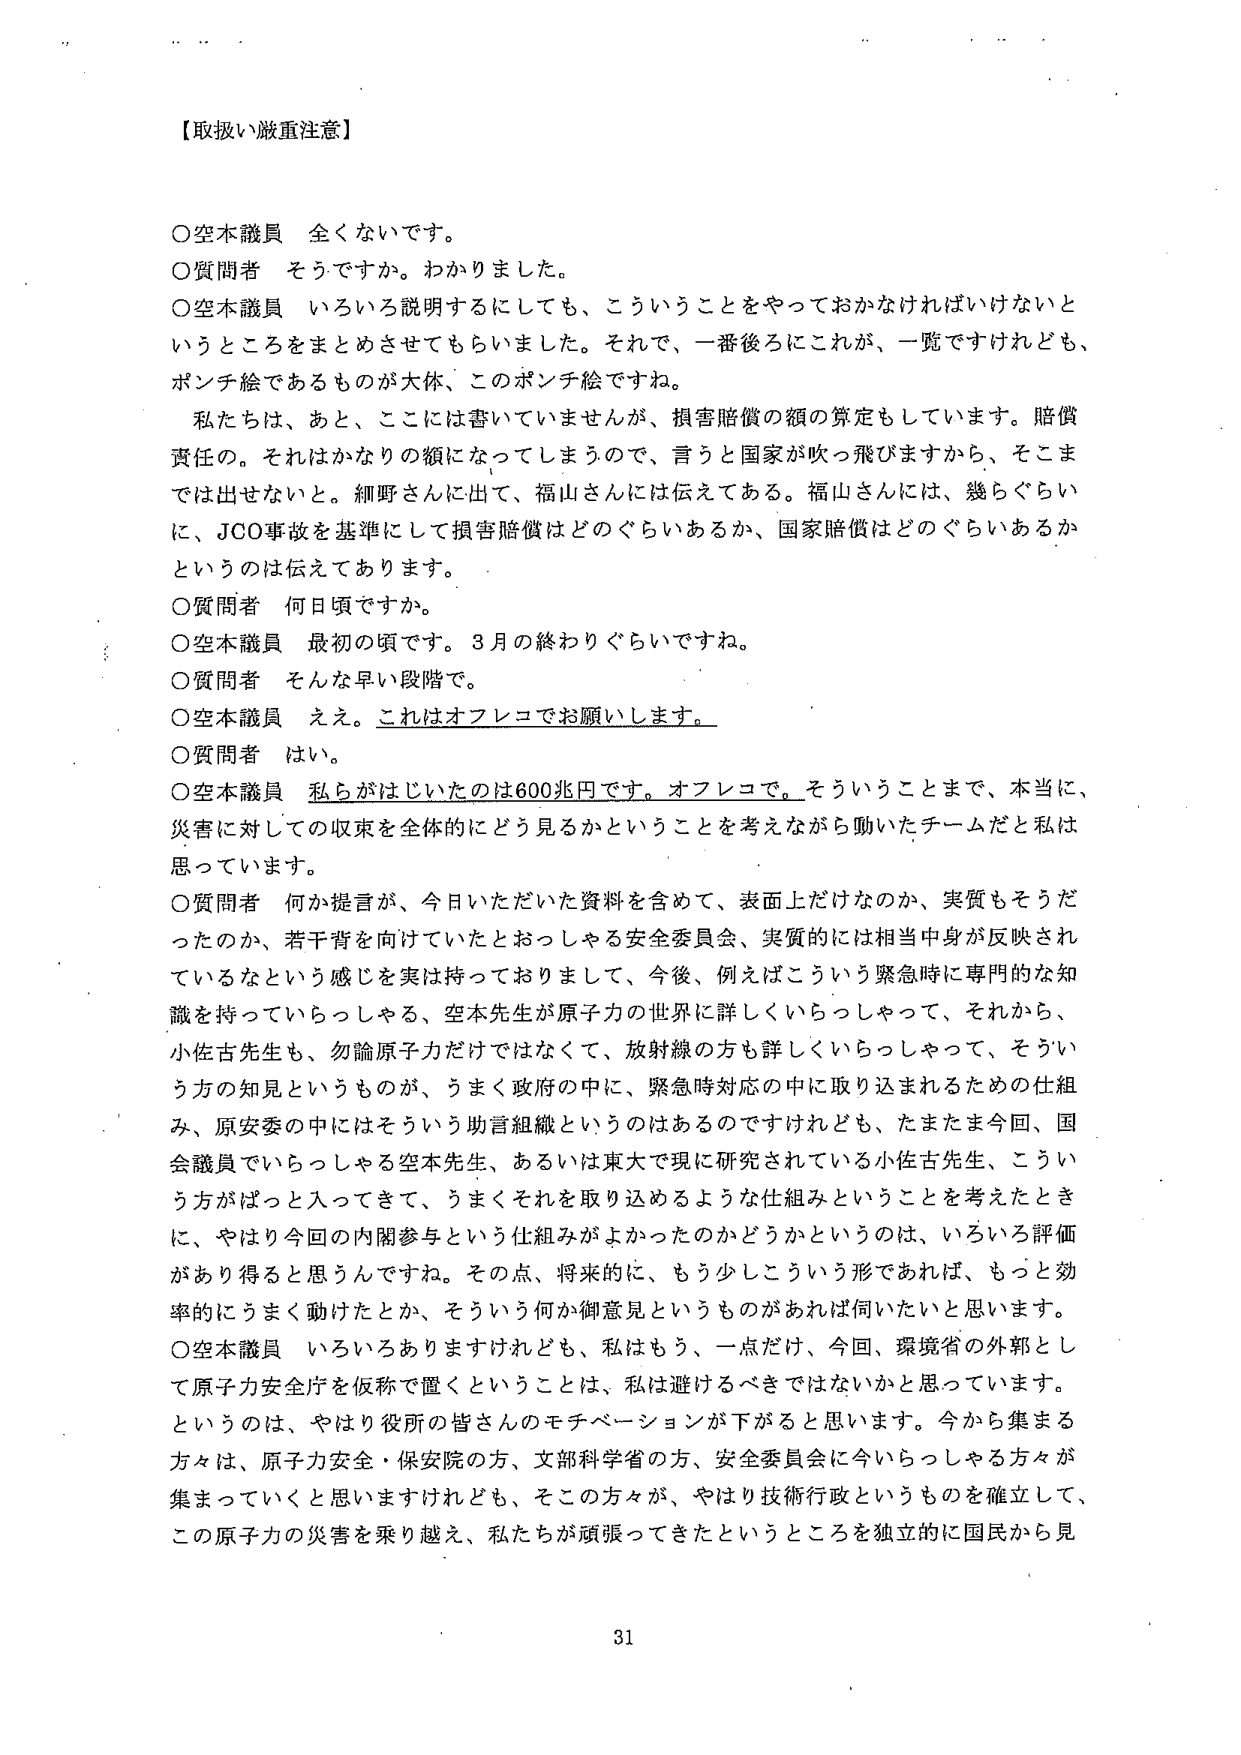
【取扱い厳重注意】

○空本議員　全くないです。
○質問者　そうですか。わかりました。
○空本議員　いろいろ説明するにしても、こういうことをやっておかなければならないというところをまとめさせてもらいました。それで、一番後ろにこれが、一覧ですけれども、ポンチ絵であるものが大体、このポンチ絵ですね。
　　私たちは、あと、ここには書いていませんが、損害賠償の額の算定もしています。賠償責任の。それはかなりの額になってしまうので、言うと国家が吹っ飛びますから、そこまでは出せない。細野さんに出て、福山さんには伝えてある。福山さんには、幾らぐらいに、JCO事故を基準にして損害賠償はどのぐらいあるか、国家賠償はどのぐらいあるかというのは伝えてあります。
○質問者　何日頃ですか。
○空本議員　最初の頃です。3月の終わりぐらいですね。
○質問者　そんな早い段階で。
○空本議員　ええ。これはオフレコでお願いします。
○質問者　はい。
○空本議員　私らがはじいたのは600兆円です。オフレコで。そういうことまで、本当に、災害に対しての収束を全体的にどう見るかということを考えながら働いたチームだと私は思っています。
○質問者　何か提言が、今日いただいた資料を含めて、表面上だけなのか、実質もそうだったのか、若干背を向けていたとおっしゃる安全委員会、実質的には相当中身が反映されているなという感じを実は持っておりまして、今後、例えばこういう緊急時に専門的な知識を持っていらっしゃる、空本先生が原子力の世界に詳しくいらっしゃって、それから、小佐古先生も、勿論原子力だけではなくて、放射線の方も詳しくいらっしゃって、そういう方の知見というものが、うまく政府の中に、緊急時対応の中に取り込まれるための仕組み、原安委の中にはそういう助言組織というのはあるのですけれども、たまたま今回、国会議員でいらっしゃる空本先生、あるいは東大で現に研究されている小佐古先生、こういう方がぱっと入ってきて、うまくそれを取り込めるような仕組みということを考えたときに、やはり今回の内閣参与という仕組みがよかったのかどうかというのは、いろいろ評価があり得ると思うんですね。その点、将来的に、もう少しこういう形であれば、もっと効率的にうまく動けたとか、そういう何か御意見というものがあれば伺いたいと思います。
○空本議員　いろいろありますけれども、私はもう、一点だけ、今回、環境省の外郭として原子力安全庁を仮称で置くということは、私は避けるべきではないかと思っています。というのは、やはり役所の皆さんのモチベーションが下がると思います。今から集まる方々は、原子力安全・保安院の方、文部科学省の方、安全委員会に今いらっしゃる方々が集まっていくと思いますけれども、そこの方々が、やはり技術行政というものを確立して、この原子力の災害を乗り越え、私たちが頑張ってきたということを独立的に国民から見

31